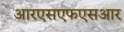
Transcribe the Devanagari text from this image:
आरएसएफएसआर